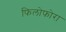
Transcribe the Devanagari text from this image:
फिलोफोरा